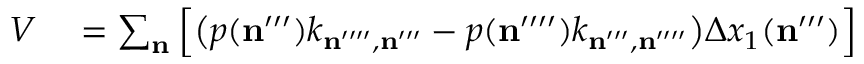
\begin{array} { r l } { V } & { { } = \sum _ { \mathbf { n } } \Big [ \big ( p ( \mathbf { n } ^ { \prime \prime \prime } ) k _ { \mathbf { n } ^ { \prime \prime \prime \prime } , \mathbf { n } ^ { \prime \prime \prime } } - p ( \mathbf { n } ^ { \prime \prime \prime \prime } ) k _ { \mathbf { n } ^ { \prime \prime \prime } , \mathbf { n } ^ { \prime \prime \prime \prime } } \big ) \Delta x _ { 1 } ( \mathbf { n } ^ { \prime \prime \prime } ) \Big ] } \end{array}